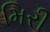
મિરી